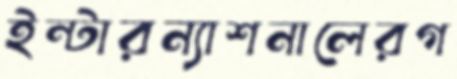
ইন্টারন্যাশনালেরগ